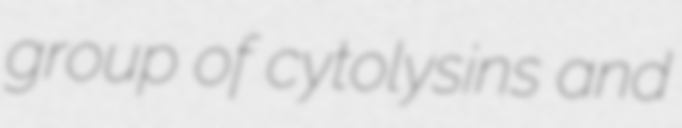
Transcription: group of cytolysins and